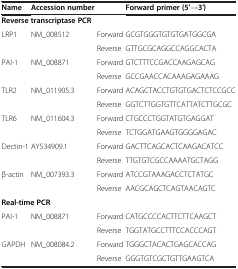
<table><thead><tr><td><b>Name</b></td><td><b>Accession number</b></td><td><b> </b></td><td><b>Forward primer (5′→3′)</b></td></tr></thead><tbody><tr><td colspan="4"><b>Reverse transcriptase PCR</b></td></tr><tr><td>LRP1</td><td>NM_008512</td><td>Forward</td><td>GCGTGGGTGTGTGATGGCGA</td></tr><tr><td> </td><td> </td><td>Reverse</td><td>GTTGCGCAGGCCAGGCACTA</td></tr><tr><td>PAI-1</td><td>NM_008871</td><td>Forward</td><td>GTCTTTCCGACCAAGAGCAG</td></tr><tr><td> </td><td> </td><td>Reverse</td><td>GCCGAACCACAAAGAGAAAG</td></tr><tr><td>TLR2</td><td>NM_011905.3</td><td>Forward</td><td>ACAGCTACCTGTGTGACTCTCCGCC</td></tr><tr><td> </td><td> </td><td>Reverse</td><td>GGTCTTGGTGTTCATTATCTTGCGC</td></tr><tr><td>TLR6</td><td>NM_011604.3</td><td>Forward</td><td>CTGCCCTGGTATGTGAGGAT</td></tr><tr><td> </td><td> </td><td>Reverse</td><td>TCTGGATGAAGTGGGGAGAC</td></tr><tr><td>Dectin-1</td><td>AY534909.1</td><td>Forward</td><td>GACTTCAGCACTCAAGACATCC</td></tr><tr><td> </td><td> </td><td>Reverse</td><td>TTGTGTCGCCAAAATGCTAGG</td></tr><tr><td>β-actin</td><td>NM_007393.3</td><td>Forward</td><td>ATCCGTAAAGACCTCTATGC</td></tr><tr><td> </td><td> </td><td>Reverse</td><td>AACGCAGCTCAGTAACAGTC</td></tr><tr><td colspan="3"><b>Real-time PCR</b></td><td> </td></tr><tr><td>PAI-1</td><td>NM_008871</td><td>Forward</td><td>CATGCCCCACTTCTTCAAGCT</td></tr><tr><td> </td><td> </td><td>Reverse</td><td>TGGTATGCCTTTCCACCCAGT</td></tr><tr><td>GAPDH</td><td>NM_008084.2</td><td>Forward</td><td>TGGGCTACACTGAGCACCAG</td></tr><tr><td> </td><td> </td><td>Reverse</td><td>GGGTGTCGCTGTTGAAGTCA</td></tr></tbody></table>